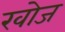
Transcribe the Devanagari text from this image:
खाेज